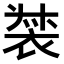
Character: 𧚛